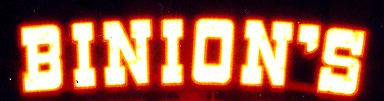
BINION'S